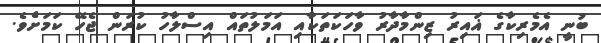
ބުނީ އެމެރިކާގެ ޣައިރު ޒިންމާދާރު ވާހަކަތަކާއި އަމަލުތައް އިސްލާހު ކުރަން ޖެހޭ ކަމަށެވެ.